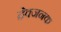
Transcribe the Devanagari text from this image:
देवजनक